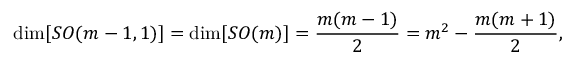
\mathrm { d i m } [ S O ( m - 1 , 1 ) ] = \mathrm { d i m } [ S O ( m ) ] = \frac { m ( m - 1 ) } { 2 } = m ^ { 2 } - \frac { m ( m + 1 ) } { 2 } ,